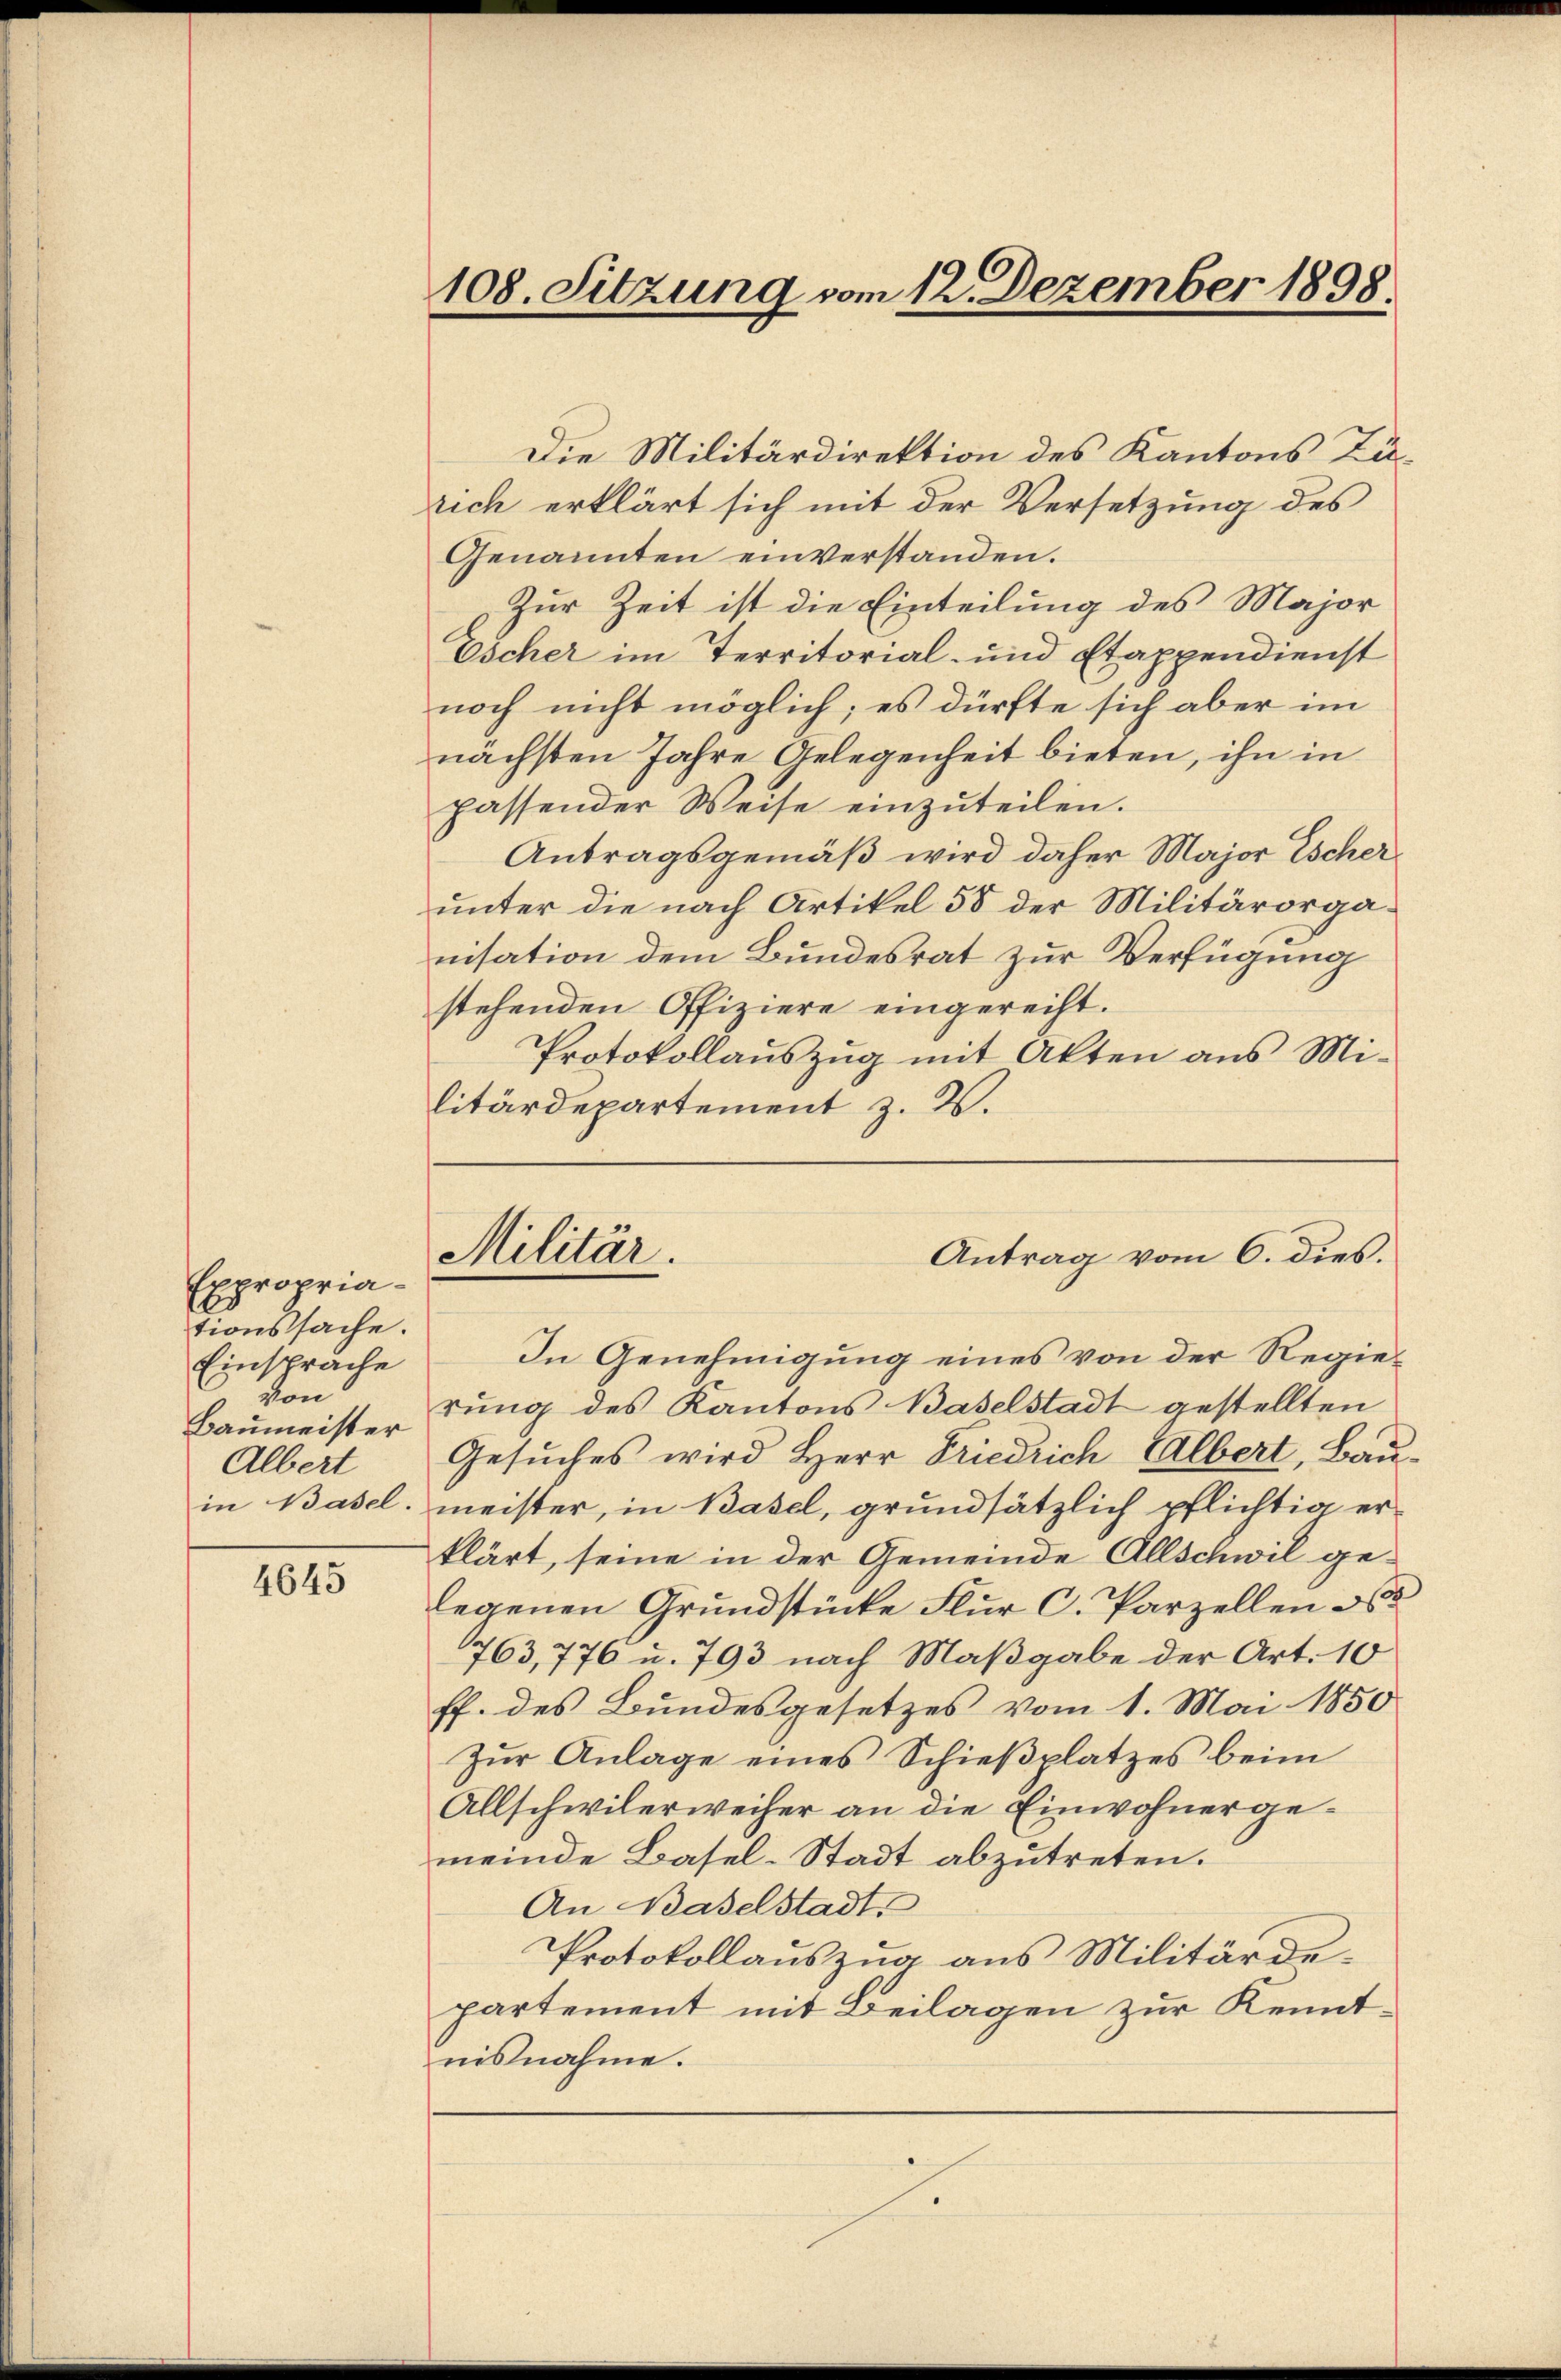
Expropriationssache.
Einsprache
von
Albert

4645

Die Militärdirektion des Kantons Zürich erklärt sich mit der Versetzung des
Genannten einverstanden.
Zur Zeit ist die Einteilung des Major
Escher im Territorial- und Etappendienst
noch nicht möglich; es dürfte sich aber im
nächsten Jahre Gelegenheit bieten, ihn in
passender Weise einzuteilen.
Antragsgemäß wird daher Major Escher
unter die nach Artikel 58 der Militärorganisation dem Bundesrat zur Verfügung
stehenden Offiziere eingereiht.
Protokollauszug mit Akten aus Mi-
litärdepartement z. B.

108. Sitzung vom 12. Dezember 1898.

In Genehmigung eines von der Regie¬
Baŭmeister Jung des Kantons Baselstadt gestellten
Gesuches wird Herr Friedrich Albert, Bauin Basel, meister, in Basel, grundsätzlich pflichtig er-
klärt, seine in der Gemeinde Allschwil gelegenen Grundstücke Flur C. Parzellen d
763, 776 u. 793 nach Maßgabe der Art. 10
ff. des Bundesgesetzes vom 1. Mai 1850
Zŭr Anlage eines Schieβplatzes beim
Allschwilerweiher an die Einwohnergemeinde Basel-Stadt abzutreten.
An Baselstadt
Protokollauszug aus Militärdepartement mit Beilagen zur Kenntnisnahme.

Militär.

Antrag vom 6. dies.